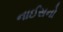
નાઈસનો